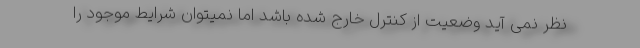
نظر نمی آید وضعیت از کنترل خارج شده باشد اما نمیتوان شرایط موجود را